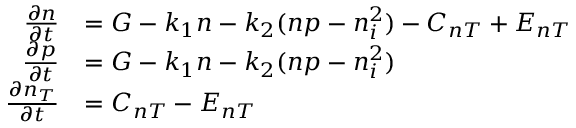
\begin{array} { r l } { \frac { \partial n } { \partial t } } & { = G - k _ { 1 } n - k _ { 2 } ( n p - n _ { i } ^ { 2 } ) - C _ { n T } + E _ { n T } } \\ { \frac { \partial p } { \partial t } } & { = G - k _ { 1 } n - k _ { 2 } ( n p - n _ { i } ^ { 2 } ) } \\ { \frac { \partial n _ { T } } { \partial t } } & { = C _ { n T } - E _ { n T } } \end{array}